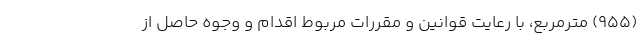
(۹۵۵) مترمربع، با رعایت قوانین و مقررات مربوط اقدام و وجوه حاصل از